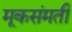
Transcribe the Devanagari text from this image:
मूकसंमती